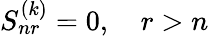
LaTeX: S_{nr}^{(k)}=0,\quad r>n